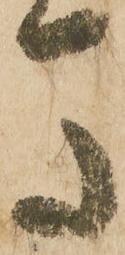
馬